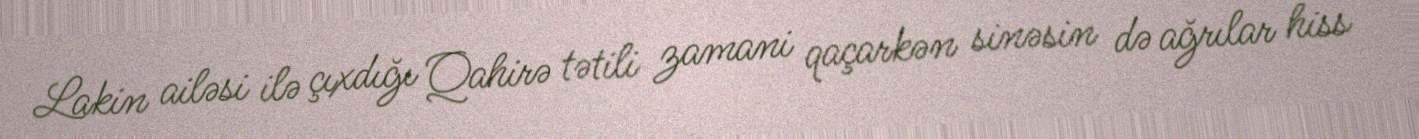
Lakin ailəsi ilə çıxdığı Qahirə tətili zamani qaçarkən sinəsin də ağrılar hiss